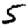
Digit: 5